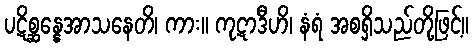
ပဋိစ္ဆန္နေအာသနေတိ၊ ကား။ ကုဋာဒီဟိ၊ နံရံ အစရှိသည်တို့ဖြင့်။